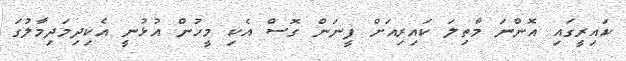
ކައިރީގައި އޮންނަ މާތިލަ ކައިރިއަށް ފީނަން ގޮސް އެކި މީހުން އުޅުނީ އެކިދިމަދިމާލުގަ